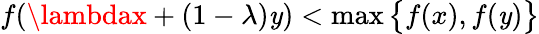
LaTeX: f(\lambdax+(1-\lambda)\mathit{y})<\operatorname*{max}{\big\{ }f(x),f(\mathit{y}){\big\} }